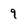
Character: 9